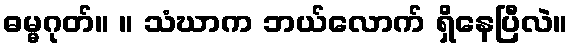
ဓမ္မဂုတ်။ ။ သံဃာက ဘယ်လောက် ရှိနေပြီလဲ။